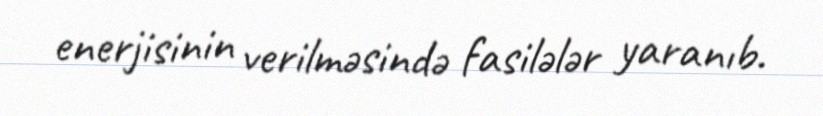
enerjisinin verilməsində fasilələr yaranıb.